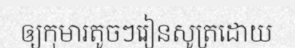
ឲ្យកុមារតូចៗរៀនសូត្រដោយ